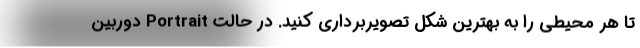
تا هر محیطی را به بهترین شکل تصویربرداری کنید. در حالت Portrait دوربین